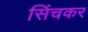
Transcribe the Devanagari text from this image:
सिंचकर